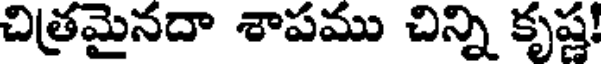
చిత్రమైనదా శాపము చిన్ని కృష్ణ!